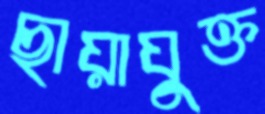
ছায়াযুক্ত